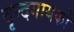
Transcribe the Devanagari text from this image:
वृन्दगायकों